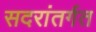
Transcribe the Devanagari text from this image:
सदरांतर्गत